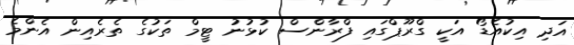
އަދި އިކުއެޑޯ އަކީ ގްރޫޕްގައި ފްރާންސް ކުޅުނު ޓީމް ތަކުގެ ތެރެއިން އެންމެ